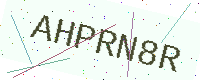
Text: AHPRN8R